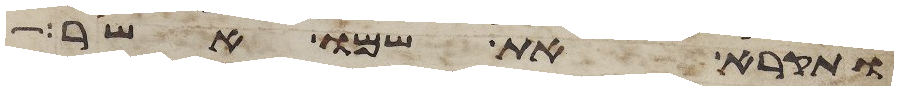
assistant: ותקרא את שמו אשר